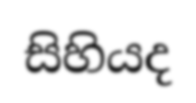
සිහියද